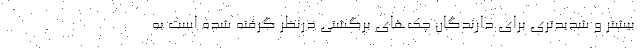
بیشتر و شدیدتری برای دارندگان چک‌های برگشتی درنظر گرفته شده‌ است به